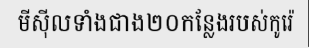
មីស៊ីលទាំងជាង២០កន្លែងរបស់កូរ៉េ